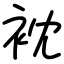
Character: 衴